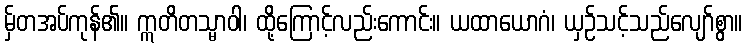
မှ်တအပ်ကုန်၏။ ဣတိတသ္မာဝါ၊ ထို့ကြောင့်လည်းကောင်း။ ယထာယောဂံ၊ ယှဉ်သင့်သည်လျော်စွာ။